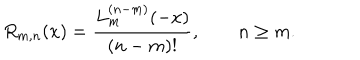
R _ { m , n } ( x ) = \frac { L _ { m } ^ { ( n - m ) } ( - x ) } { ( n - m ) ! } , \qquad n \ge m .